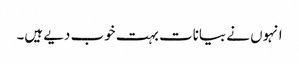
انہوں نے بیانات بہت خوب دیے ہیں۔